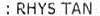
: RHYS TAN